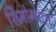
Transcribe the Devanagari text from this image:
शिमोग्यात